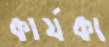
কার্যকা